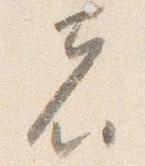
者